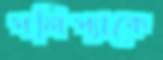
পলিপ্যাকে